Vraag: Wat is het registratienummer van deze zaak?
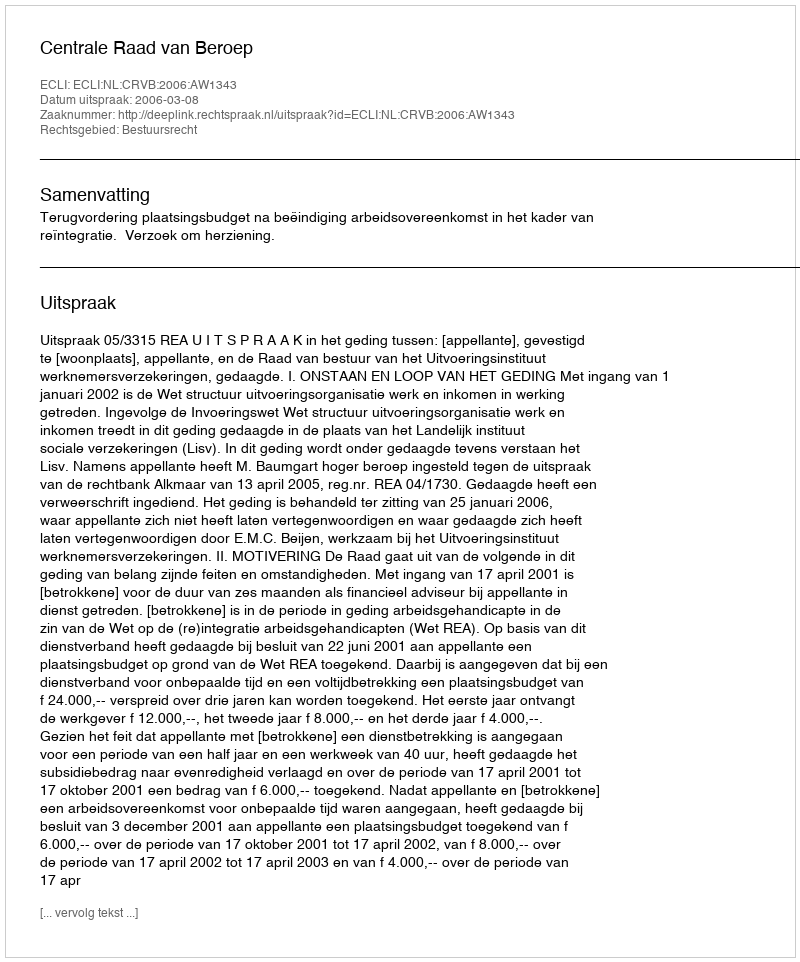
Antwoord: http://deeplink.rechtspraak.nl/uitspraak?id=ECLI:NL:CRVB:2006:AW1343